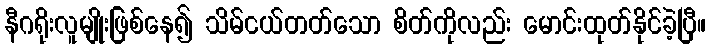
နီဂရိုးလူမျိုးဖြစ်နေ၍ သိမ်ငယ်တတ်သော စိတ်ကိုလည်း မောင်းထုတ်နိုင်ခဲ့ပြီ။